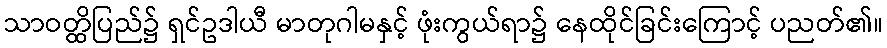
သာဝတ္ထိပြည်၌ ရှင်ဥဒါယီ မာတုဂါမနှင့် ဖုံးကွယ်ရာ၌ နေထိုင်ခြင်းကြောင့် ပညတ်၏။